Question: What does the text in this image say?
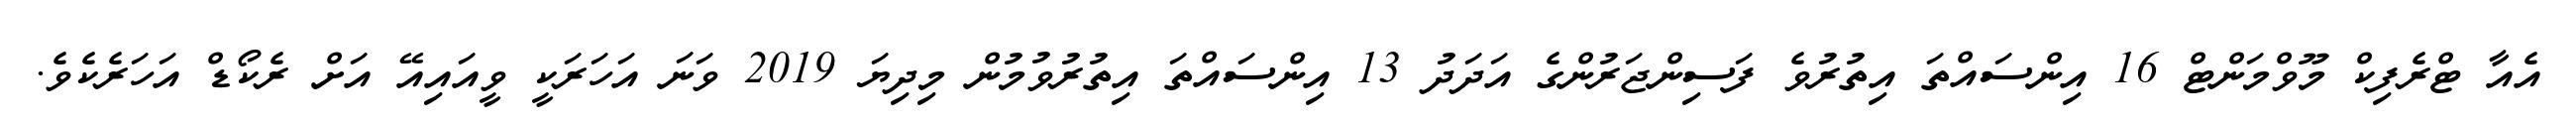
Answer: އެއާ ޓްރެފިކް މޫވްމަންޓް 16 އިންސައްތަ އިތުރުވެ ފަސިންޖަރުންގެ އަދަދު 13 އިންސައްތަ އިތުރުވުމުން މިދިޔަ 2019 ވަނަ އަހަރަކީ ވީއައިއޭ އަށް ރެކޯޑް އަހަރެކެވެ.